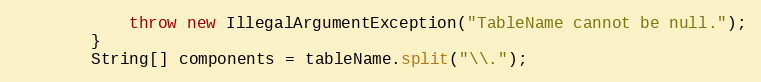
Language: Java
            throw new IllegalArgumentException("TableName cannot be null.");
        }
        String[] components = tableName.split("\\.");